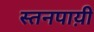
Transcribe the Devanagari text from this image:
स्तनपाय़ी